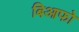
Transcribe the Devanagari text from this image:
बिआफो